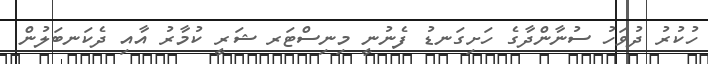
ހުކުރު ދުވަހު ސުނާންދާގެ ހަށިގަނޑު ފެނުނީ މިނިސްޓަރ ޝަރީ ކުމާރު އާއި ދެކަނބަލުން